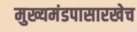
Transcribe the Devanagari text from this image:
मुख्यमंडपासारखेच